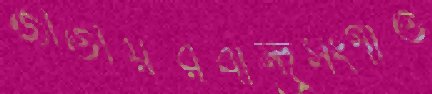
জাতীয়রবীন্দ্রসংগীত